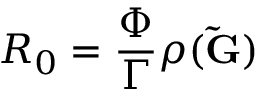
R _ { 0 } = \frac { \Phi } { \Gamma } \rho ( \mathbf { \tilde { G } } )